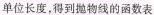
单位长度，得到抛物线的函数表